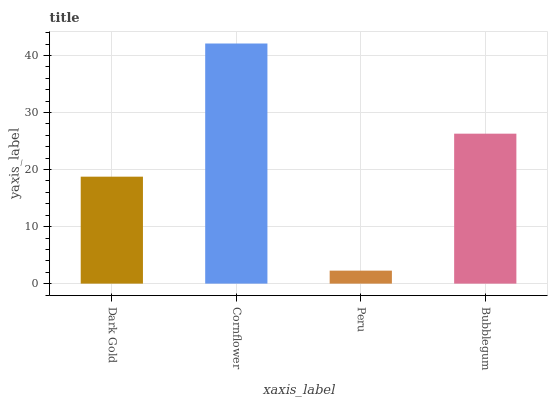
| xaxis_label | bars |
 | --- | --- |
 | Dark Gold | 18.8 |
 | Cornflower | 42.1 |
 | Peru | 2.28 |
 | Bubblegum | 26.3 |